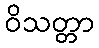
ဝိသတ္တာ